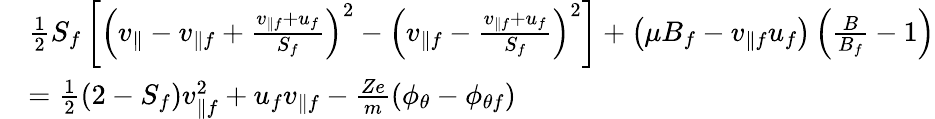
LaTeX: \begin{array}{rl}&{\frac{1}{2}S_{f}\left[\left(v_{\parallel}-v_{\parallel f}+\frac{v_{\parallel f}+u_{f}}{S_{f}}\right)^{2}-\left(v_{\parallel f}-\frac{v_{\parallel f}+u_{f}}{S_{f}}\right)^{2}\right]+\left(\mu B_{f}-v_{\parallel f}u_{f}\right)\left(\frac{B}{B_{f}}-1\right)}\\ &{=\frac{1}{2}(2-S_{f})v_{\parallel f}^{2}+u_{f}v_{\parallel f}-\frac{Ze}{m}\left(\phi_{\theta}-\phi_{\theta f}\right)}\end{array}